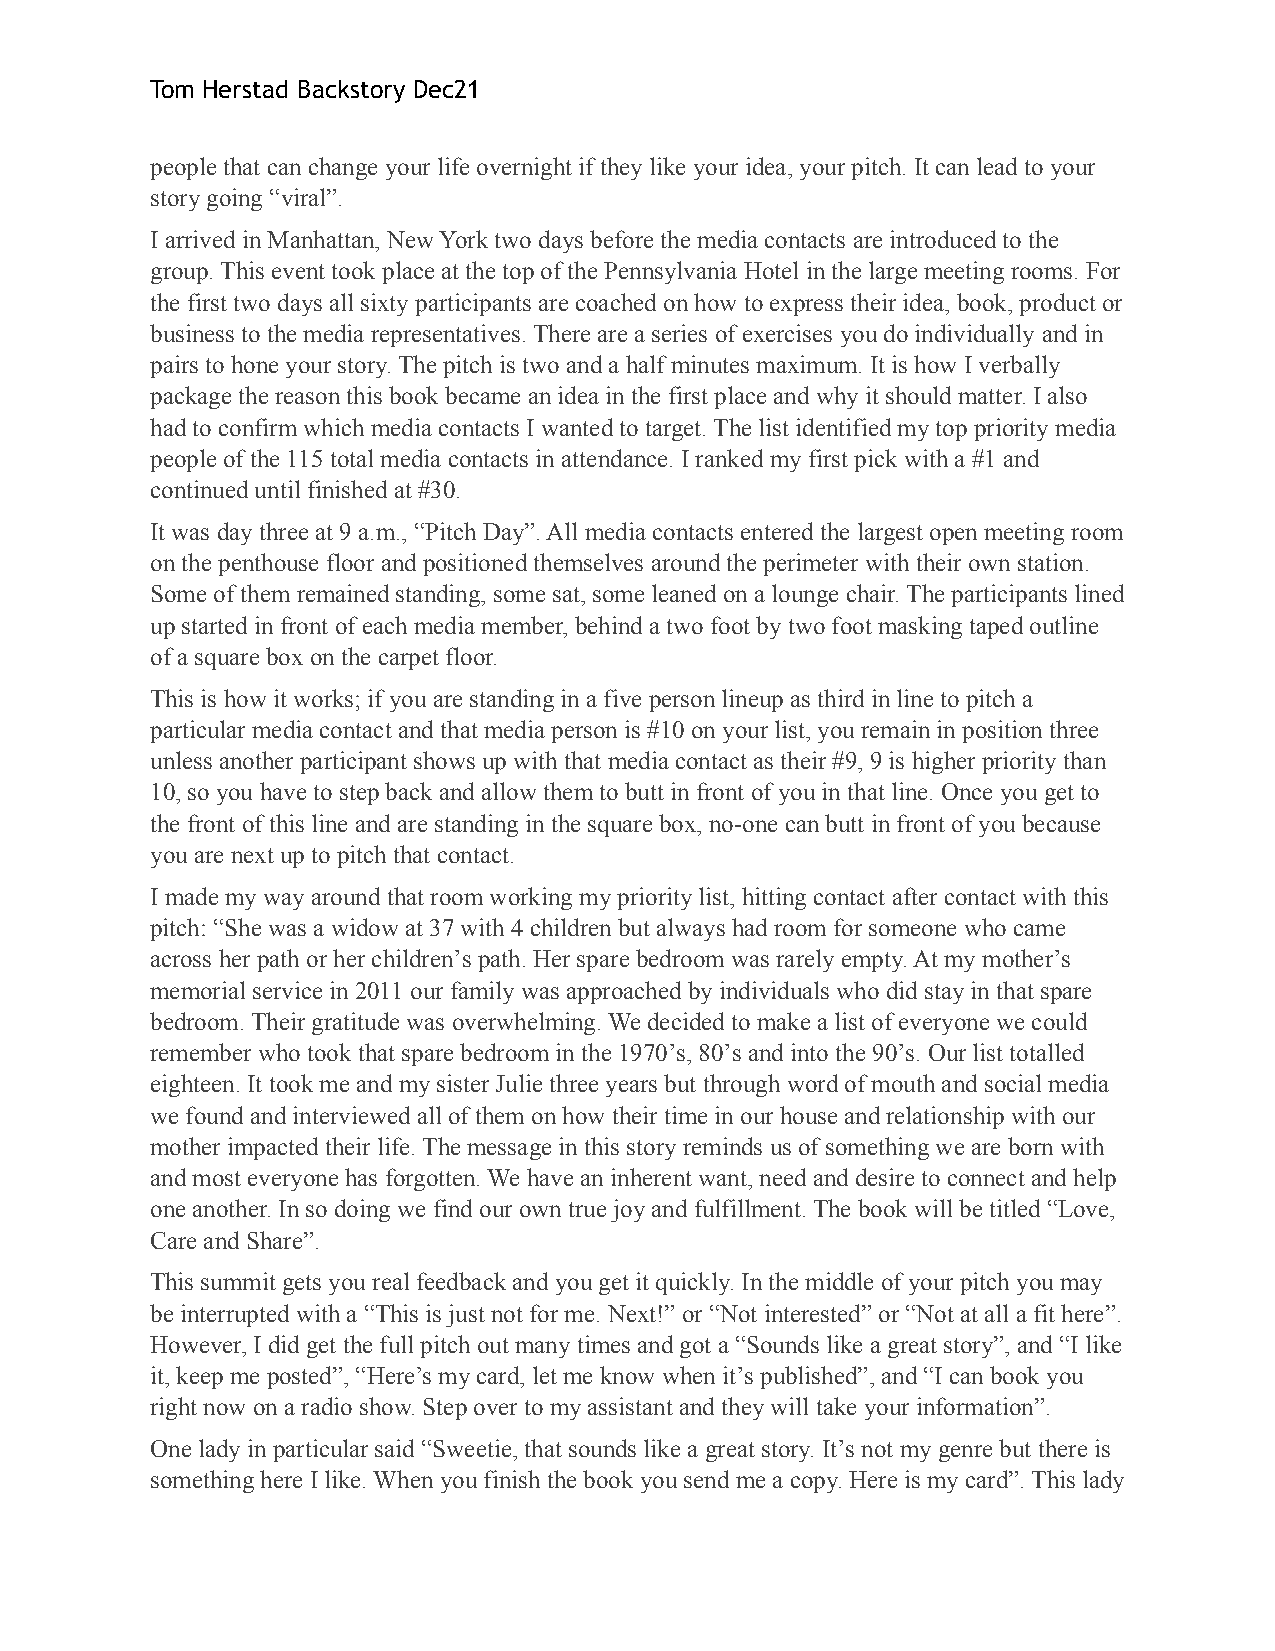
Tom Herstad Backstory Dec21
 people that can change your life overnight if they like your idea, your pitch. It can lead to your
 story going “viral”.
 I arrived in Manhattan, New York two days before the media contacts are introduced to the
 group. This event took place at the top of the Pennsylvania Hotel in the large meeting rooms. For
 the first two days all sixty participants are coached on how to express their idea, book, product or
 business to the media representatives. There are a series of exercises you do individually and in
 pairs to hone your story. The pitch is two and a half minutes maximum. It is how I verbally
 package the reason this book became an idea in the first place and why it should matter. I also
 had to confirm which media contacts I wanted to target. The list identified my top priority media
 people of the 115 total media contacts in attendance. I ranked my first pick with a #1 and
 continued until finished at #30.
 It was day three at 9 a.m., “Pitch Day”. All media contacts entered the largest open meeting room
 on the penthouse floor and positioned themselves around the perimeter with their own station.
 Some of them remained standing, some sat, some leaned on a lounge chair. The participants lined
 up started in front of each media member, behind a two foot by two foot masking taped outline
 of a square box on the carpet floor.
 This is how it works; if you are standing in a five person lineup as third in line to pitch a
 particular media contact and that media person is #10 on your list, you remain in position three
 unless another participant shows up with that media contact as their #9, 9 is higher priority than
 10, so you have to step back and allow them to butt in front of you in that line. Once you get to
 the front of this line and are standing in the square box, no-one can butt in front of you because
 you are next up to pitch that contact.
 I made my way around that room working my priority list, hitting contact after contact with this
 pitch: “She was a widow at 37 with 4 children but always had room for someone who came
 across her path or her childrenʼs path. Her spare bedroom was rarely empty. At my motherʼs
 memorial service in 2011 our family was approached by individuals who did stay in that spare
 bedroom. Their gratitude was overwhelming. We decided to make a list of everyone we could
 remember who took that spare bedroom in the 1970ʼs, 80ʼs and into the 90ʼs. Our list totalled
 eighteen. It took me and my sister Julie three years but through word of mouth and social media
 we found and interviewed all of them on how their time in our house and relationship with our
 mother impacted their life. The message in this story reminds us of something we are born with
 and most everyone has forgotten. We have an inherent want, need and desire to connect and help
 one another. In so doing we find our own true joy and fulfillment. The book will be titled “Love,
 Care and Share”.
 This summit gets you real feedback and you get it quickly. In the middle of your pitch you may
 be interrupted with a “This is just not for me. Next!” or “Not interested” or “Not at all a fit here”.
 However, I did get the full pitch out many times and got a “Sounds like a great story”, and “I like
 it, keep me posted”, “Here’s my card, let me know when itʼs published”, and “I can book you
 right now on a radio show. Step over to my assistant and they will take your information”.
 One lady in particular said “Sweetie, that sounds like a great story. Itʼs not my genre but there is
 something here I like. When you finish the book you send me a copy. Here is my card”. This lady